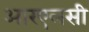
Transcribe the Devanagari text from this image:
आरएलसी